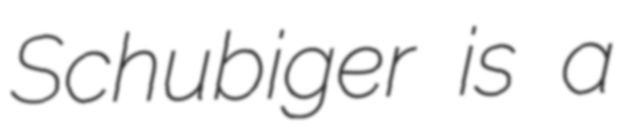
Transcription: Schubiger is a